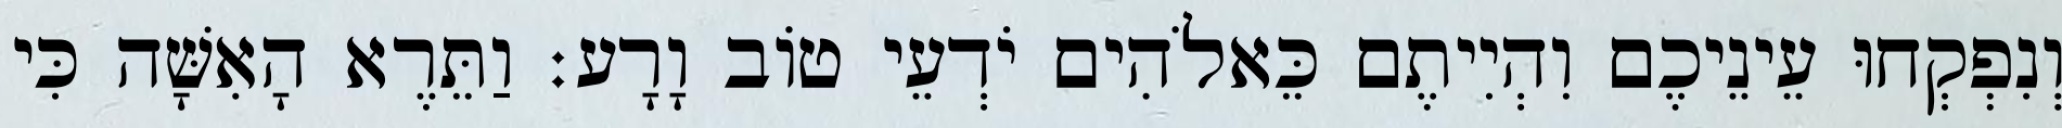
וְנִפְקְחוּ עֵינֵיכֶם וִהְיִיתֶם כֵּאלֹהִים יֹדְעֵי טֹוב וָרָע׃ וַתֵּרֶא הָאִשָּׁה כִּי